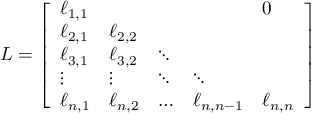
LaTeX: L = { \left[ \begin{array} { l l l l l } { \ell _ { 1 , 1 } } & { } & { } & { } & { 0 } \\ { \ell _ { 2 , 1 } } & { \ell _ { 2 , 2 } } & { } & { } & { } \\ { \ell _ { 3 , 1 } } & { \ell _ { 3 , 2 } } & { \ddots } & { } & { } \\ { \vdots } & { \vdots } & { \ddots } & { \ddots } & { } \\ { \ell _ { n , 1 } } & { \ell _ { n , 2 } } & { \ldots } & { \ell _ { n , n - 1 } } & { \ell _ { n , n } } \end{array} \right] }